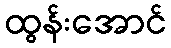
ထွန်းအောင်